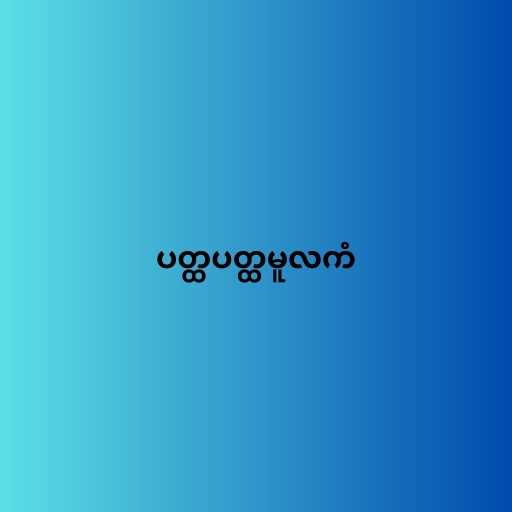
ပတ္ထပတ္ထမူလကံ